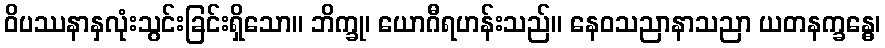
ဝိပဿနာနှလုံးသွင်းခြင်းရှိသော။ ဘိက္ခု၊ ယောဂီရဟန်းသည်။ နေဝသညာနာသညာ ယတနက္ခန္ဓေ၊